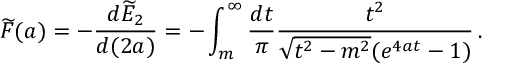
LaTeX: \widetilde { F } ( a ) = - \frac { d \widetilde { E } _ { 2 } } { d ( 2 a ) } = - \int _ { m } ^ { \infty } \frac { d t } { \pi } \frac { t ^ { 2 } } { \sqrt { t ^ { 2 } - m ^ { 2 } } ( e ^ { 4 a t } - 1 ) } \, .